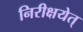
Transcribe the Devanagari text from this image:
निरीक्षयेत्